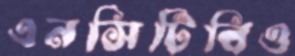
এনসিটিবিও